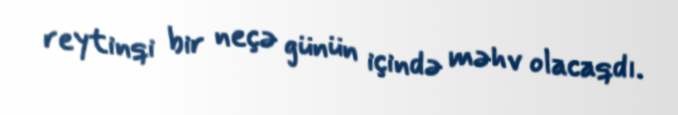
reytinqi bir neçə günün içində məhv olacaqdı.